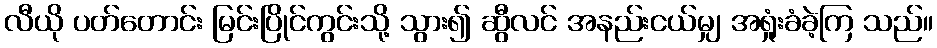
လီယို ပတ်တောင်း မြင်းပြိုင်ကွင်းသို့ သွား၍ ဆွီလင် အနည်းငယ်မျှ အရှုံးခံခဲ့ကြ သည်။